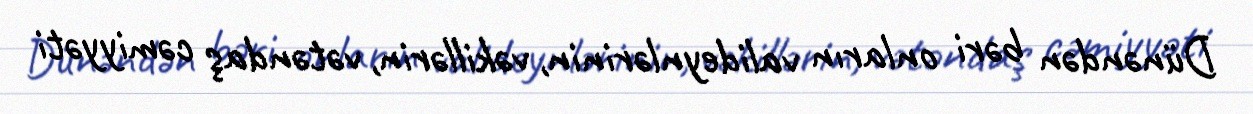
Dünəndən bəri onların valideynlərinin, vəkillərin, vətəndaş cəmiyyəti